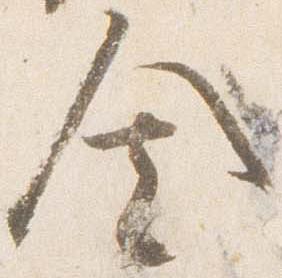
舎